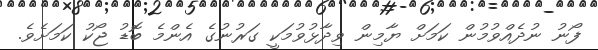
ފޯނު ނުދެއްވުމުން ކަމަށް ޔާމިން ވިދާޅުވުމަކީ ގަރުނުގެ އެންމެ ބޮޑު ޖޯކު ކަމަށެވެ.